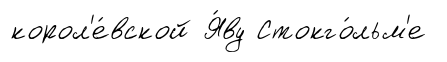
корол'е́вской Я́ву Стокго́льм'е